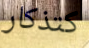
كتذكار